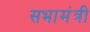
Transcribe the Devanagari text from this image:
सभामंत्री